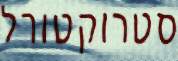
סטרוקטורל